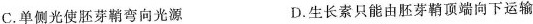
C.单侧光使胚芽鞘弯向光源 D.生长素只能由胚芽鞘顶端向下运输